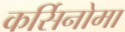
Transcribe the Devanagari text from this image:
कर्सिनोमा